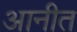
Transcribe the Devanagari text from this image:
आनीत